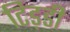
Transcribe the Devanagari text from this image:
टिड़डी